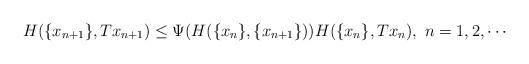
LaTeX: \begin{align*}H(\{x_{n+1}\},Tx_{n+1}) \leq \Psi(H(\{x_n\},\{x_{n+1}\}))H(\{x_n\},Tx_n), \ n=1,2,\cdots\end{align*}